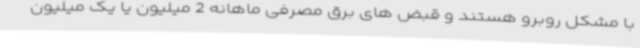
با مشکل روبرو هستند و قبض های برق مصرفی ماهانه 2 میلیون یا یک میلیون